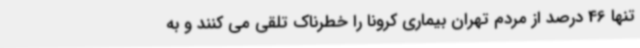
تنها 46 درصد از مردم تهران بیماری کرونا را خطرناک تلقی می کنند و به